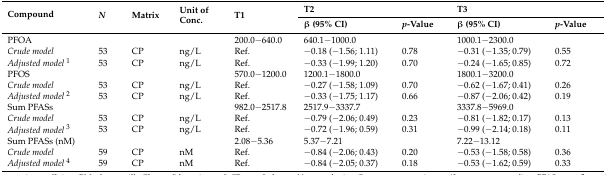
| <ROWSPAN=2> Compound | <ROWSPAN=2> N | <ROWSPAN=2> Matrix | <ROWSPAN=2> Unit of Conc. | <ROWSPAN=2> T1 | <COLSPAN=2> T2 | <COLSPAN=2> T3 |
 | β (95% CI) | p-Value | β (95% CI) | p-Value |
 | --- | --- | --- | --- | --- | --- | --- | --- | --- |
 | PFOA |  |  |  | 200.0−640.0 | 640.1−1000.0 |  | 1000.1−2300.0 |  |
 | Crude model | 53 | CP | ng/L | Ref. | −0.18 (−1.56; 1.11) | 0.78 | −0.31 (−1.35; 0.79) | 0.55 |
 | Adjusted model1 | 53 | CP | ng/L | Ref. | −0.33 (−1.99; 1.20) | 0.70 | −0.24 (−1.65; 0.85) | 0.72 |
 | PFOS |  |  |  | 570.0−1200.0 | 1200.1−1800.0 |  | 1800.1−3200.0 |  |
 | Crude model | 53 | CP | ng/L | Ref. | −0.27 (−1.58; 1.09) | 0.70 | −0.62 (−1.67; 0.41) | 0.26 |
 | Adjusted model2 | 53 | CP | ng/L | Ref. | −0.33 (−1.75; 1.17) | 0.66 | −0.87 (−2.06; 0.42) | 0.19 |
 | Sum PFASs |  |  |  | 982.0−2517.8 | 2517.9−3337.7 |  | 3337.8−5969.0 |  |
 | Crude model | 53 | CP | ng/L | Ref. | −0.79 (−2.06; 0.49) | 0.23 | −0.81 (−1.82; 0.17) | 0.13 |
 | Adjusted model3 | 53 | CP | ng/L | Ref. | −0.72 (−1.96; 0.59) | 0.31 | −0.99 (−2.14; 0.18) | 0.11 |
 | Sum PFASs (nM) |  |  |  | 2.08−5.36 | 5.37−7.21 |  | 7.22−13.12 |  |
 | Crude model | 59 | CP | nM | Ref. | −0.84 (−2.06; 0.43) | 0.20 | −0.53 (−1.58; 0.58) | 0.36 |
 | Adjusted model4 | 59 | CP | nM | Ref. | −0.84 (−2.05; 0.37) | 0.18 | −0.53 (−1.62; 0.59) | 0.33 |